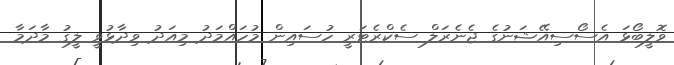
ވޮލީބޯޅަ އެސޯސިއޭޝަނުގެ ޖެނެރަލް ސެކްރެޓަރީ ހުސައިން މުހައްމަދު މިއަދު ވިދާޅުވީ ލީގު މާދަމާ